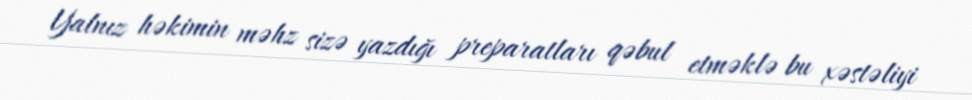
Yalnız həkimin məhz sizə yazdığı preparatları qəbul etməklə bu xəstəliyi